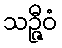
သဉ္ဇီဝံ